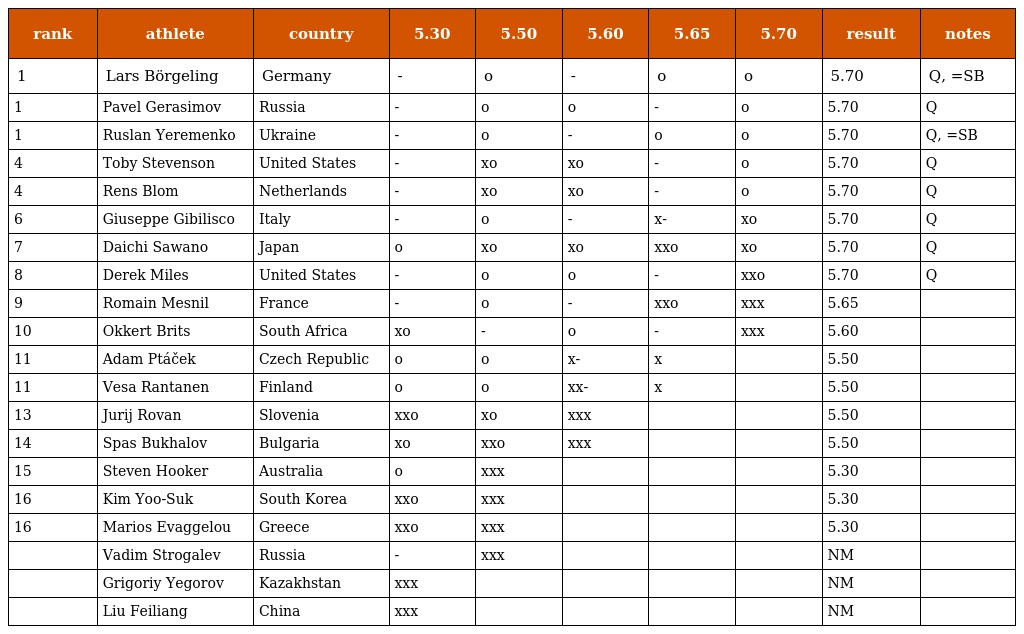
| rank | athlete | country | 5.30 | 5.50 | 5.60 | 5.65 | 5.70 | result | notes |
 | --- | --- | --- | --- | --- | --- | --- | --- | --- | --- |
 | 1 | Lars Börgeling | Germany | - | o | - | o | o | 5.70 | Q, =SB |
 | 1 | Pavel Gerasimov | Russia | - | o | o | - | o | 5.70 | Q |
 | 1 | Ruslan Yeremenko | Ukraine | - | o | - | o | o | 5.70 | Q, =SB |
 | 4 | Toby Stevenson | United States | - | xo | xo | - | o | 5.70 | Q |
 | 4 | Rens Blom | Netherlands | - | xo | xo | - | o | 5.70 | Q |
 | 6 | Giuseppe Gibilisco | Italy | - | o | - | x- | xo | 5.70 | Q |
 | 7 | Daichi Sawano | Japan | o | xo | xo | xxo | xo | 5.70 | Q |
 | 8 | Derek Miles | United States | - | o | o | - | xxo | 5.70 | Q |
 | 9 | Romain Mesnil | France | - | o | - | xxo | xxx | 5.65 |  |
 | 10 | Okkert Brits | South Africa | xo | - | o | - | xxx | 5.60 |  |
 | 11 | Adam Ptáček | Czech Republic | o | o | x- | x |  | 5.50 |  |
 | 11 | Vesa Rantanen | Finland | o | o | xx- | x |  | 5.50 |  |
 | 13 | Jurij Rovan | Slovenia | xxo | xo | xxx |  |  | 5.50 |  |
 | 14 | Spas Bukhalov | Bulgaria | xo | xxo | xxx |  |  | 5.50 |  |
 | 15 | Steven Hooker | Australia | o | xxx |  |  |  | 5.30 |  |
 | 16 | Kim Yoo-Suk | South Korea | xxo | xxx |  |  |  | 5.30 |  |
 | 16 | Marios Evaggelou | Greece | xxo | xxx |  |  |  | 5.30 |  |
 |  | Vadim Strogalev | Russia | - | xxx |  |  |  | NM |  |
 |  | Grigoriy Yegorov | Kazakhstan | xxx |  |  |  |  | NM |  |
 |  | Liu Feiliang | China | xxx |  |  |  |  | NM |  |